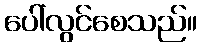
ပေါ်လွင်စေသည်။